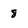
Character: 8